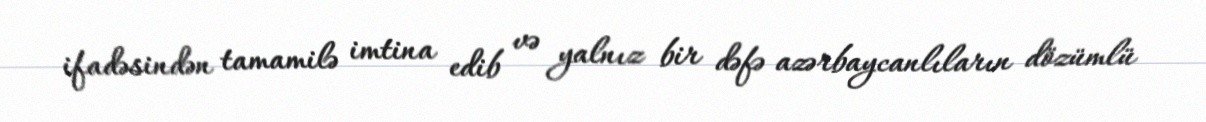
ifadəsindən tamamilə imtina edib və yalnız bir dəfə azərbaycanlıların dözümlü